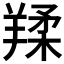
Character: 𦎤